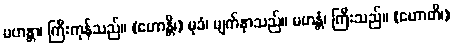
မဟန္တာ၊ ကြီးကုန်သည်။ (ဟောန္တိ၊) မုခံ၊ မျက်နှာသည်။ မဟန္တံ၊ ကြီးသည်။ (ဟောတိ၊)